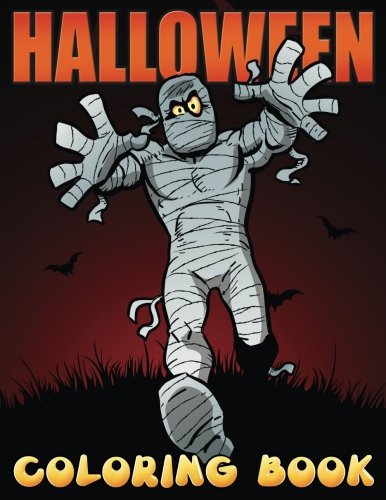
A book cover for Halloween Coloring Book; Art72; Children's Books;